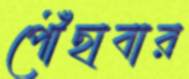
পৌঁছাবার